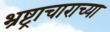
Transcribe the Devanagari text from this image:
भ्रष्ट्राचाराच्या